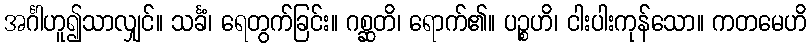
အင်္ဂါဟူ၍သာလျှင်။ သင်္ခံ၊ ရေတွက်ခြင်း။ ဂစ္ဆတိ၊ ရောက်၏။ ပဉ္စဟိ၊ ငါးပါးကုန်သော။ ကတမေဟိ